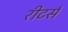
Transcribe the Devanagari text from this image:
रीटर्स